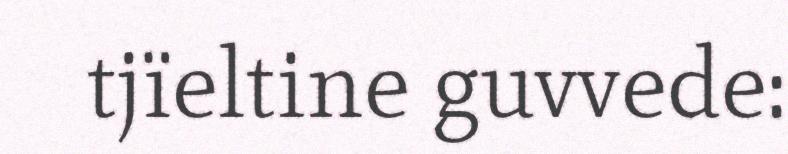
tjïeltine guvvede: